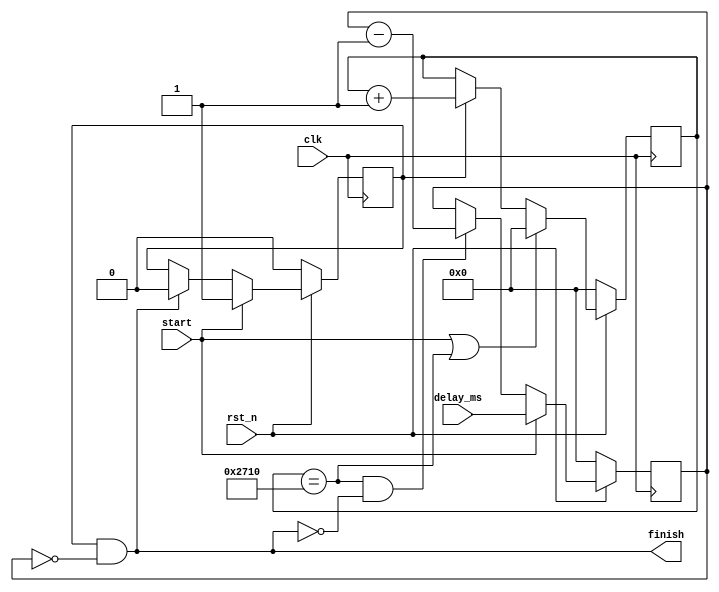
// Copyright (c) 2016 Princeton University
// All rights reserved.
// 
// Redistribution and use in source and binary forms, with or without
// modification, are permitted provided that the following conditions are met:
//     * Redistributions of source code must retain the above copyright
//       notice, this list of conditions and the following disclaimer.
//     * Redistributions in binary form must reproduce the above copyright
//       notice, this list of conditions and the following disclaimer in the
//       documentation and/or other materials provided with the distribution.
//     * Neither the name of Princeton University nor the
//       names of its contributors may be used to endorse or promote products
//       derived from this software without specific prior written permission.
// 
// THIS SOFTWARE IS PROVIDED BY PRINCETON UNIVERSITY "AS IS" AND
// ANY EXPRESS OR IMPLIED WARRANTIES, INCLUDING, BUT NOT LIMITED TO, THE IMPLIED
// WARRANTIES OF MERCHANTABILITY AND FITNESS FOR A PARTICULAR PURPOSE ARE
// DISCLAIMED. IN NO EVENT SHALL PRINCETON UNIVERSITY BE LIABLE FOR ANY
// DIRECT, INDIRECT, INCIDENTAL, SPECIAL, EXEMPLARY, OR CONSEQUENTIAL DAMAGES
// (INCLUDING, BUT NOT LIMITED TO, PROCUREMENT OF SUBSTITUTE GOODS OR SERVICES;
// LOSS OF USE, DATA, OR PROFITS; OR BUSINESS INTERRUPTION) HOWEVER CAUSED AND
// ON ANY THEORY OF LIABILITY, WHETHER IN CONTRACT, STRICT LIABILITY, OR TORT
// (INCLUDING NEGLIGENCE OR OTHERWISE) ARISING IN ANY WAY OUT OF THE USE OF THIS
// SOFTWARE, EVEN IF ADVISED OF THE POSSIBILITY OF SUCH DAMAGE.

module oled_delay (
    input           clk,
    input           rst_n,

    input           start,
    input   [31:0]  delay_ms,
    output          finish
);
parameter CLK_FREQ_KHZ = 10000;

reg     [31:0]      cnt;
reg     [31:0]      ms_cnt;
reg                 processing;

wire                ms_tick;

assign finish = processing & (cnt == 32'b0);

assign ms_tick = ms_cnt == CLK_FREQ_KHZ;

always @(posedge clk) begin
    if (~rst_n) begin
        ms_cnt <= 32'b0;
    end
    else begin
        ms_cnt <= start | ms_tick   ? 32'b0         :
                  processing        ? ms_cnt + 1    :   ms_cnt;
    end
end

always @(posedge clk) begin
    if (~rst_n) begin
        cnt <= 32'b0;
        processing <= 1'b0;
    end
    else begin
        cnt <=  start               ? delay_ms     :
                ms_tick & ~finish   ? cnt -1    : cnt;
        processing <=   start       ? 1'b1 :
                        finish      ? 1'b0 : processing;
    end
end


endmodule